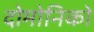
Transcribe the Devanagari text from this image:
दोमोनिको